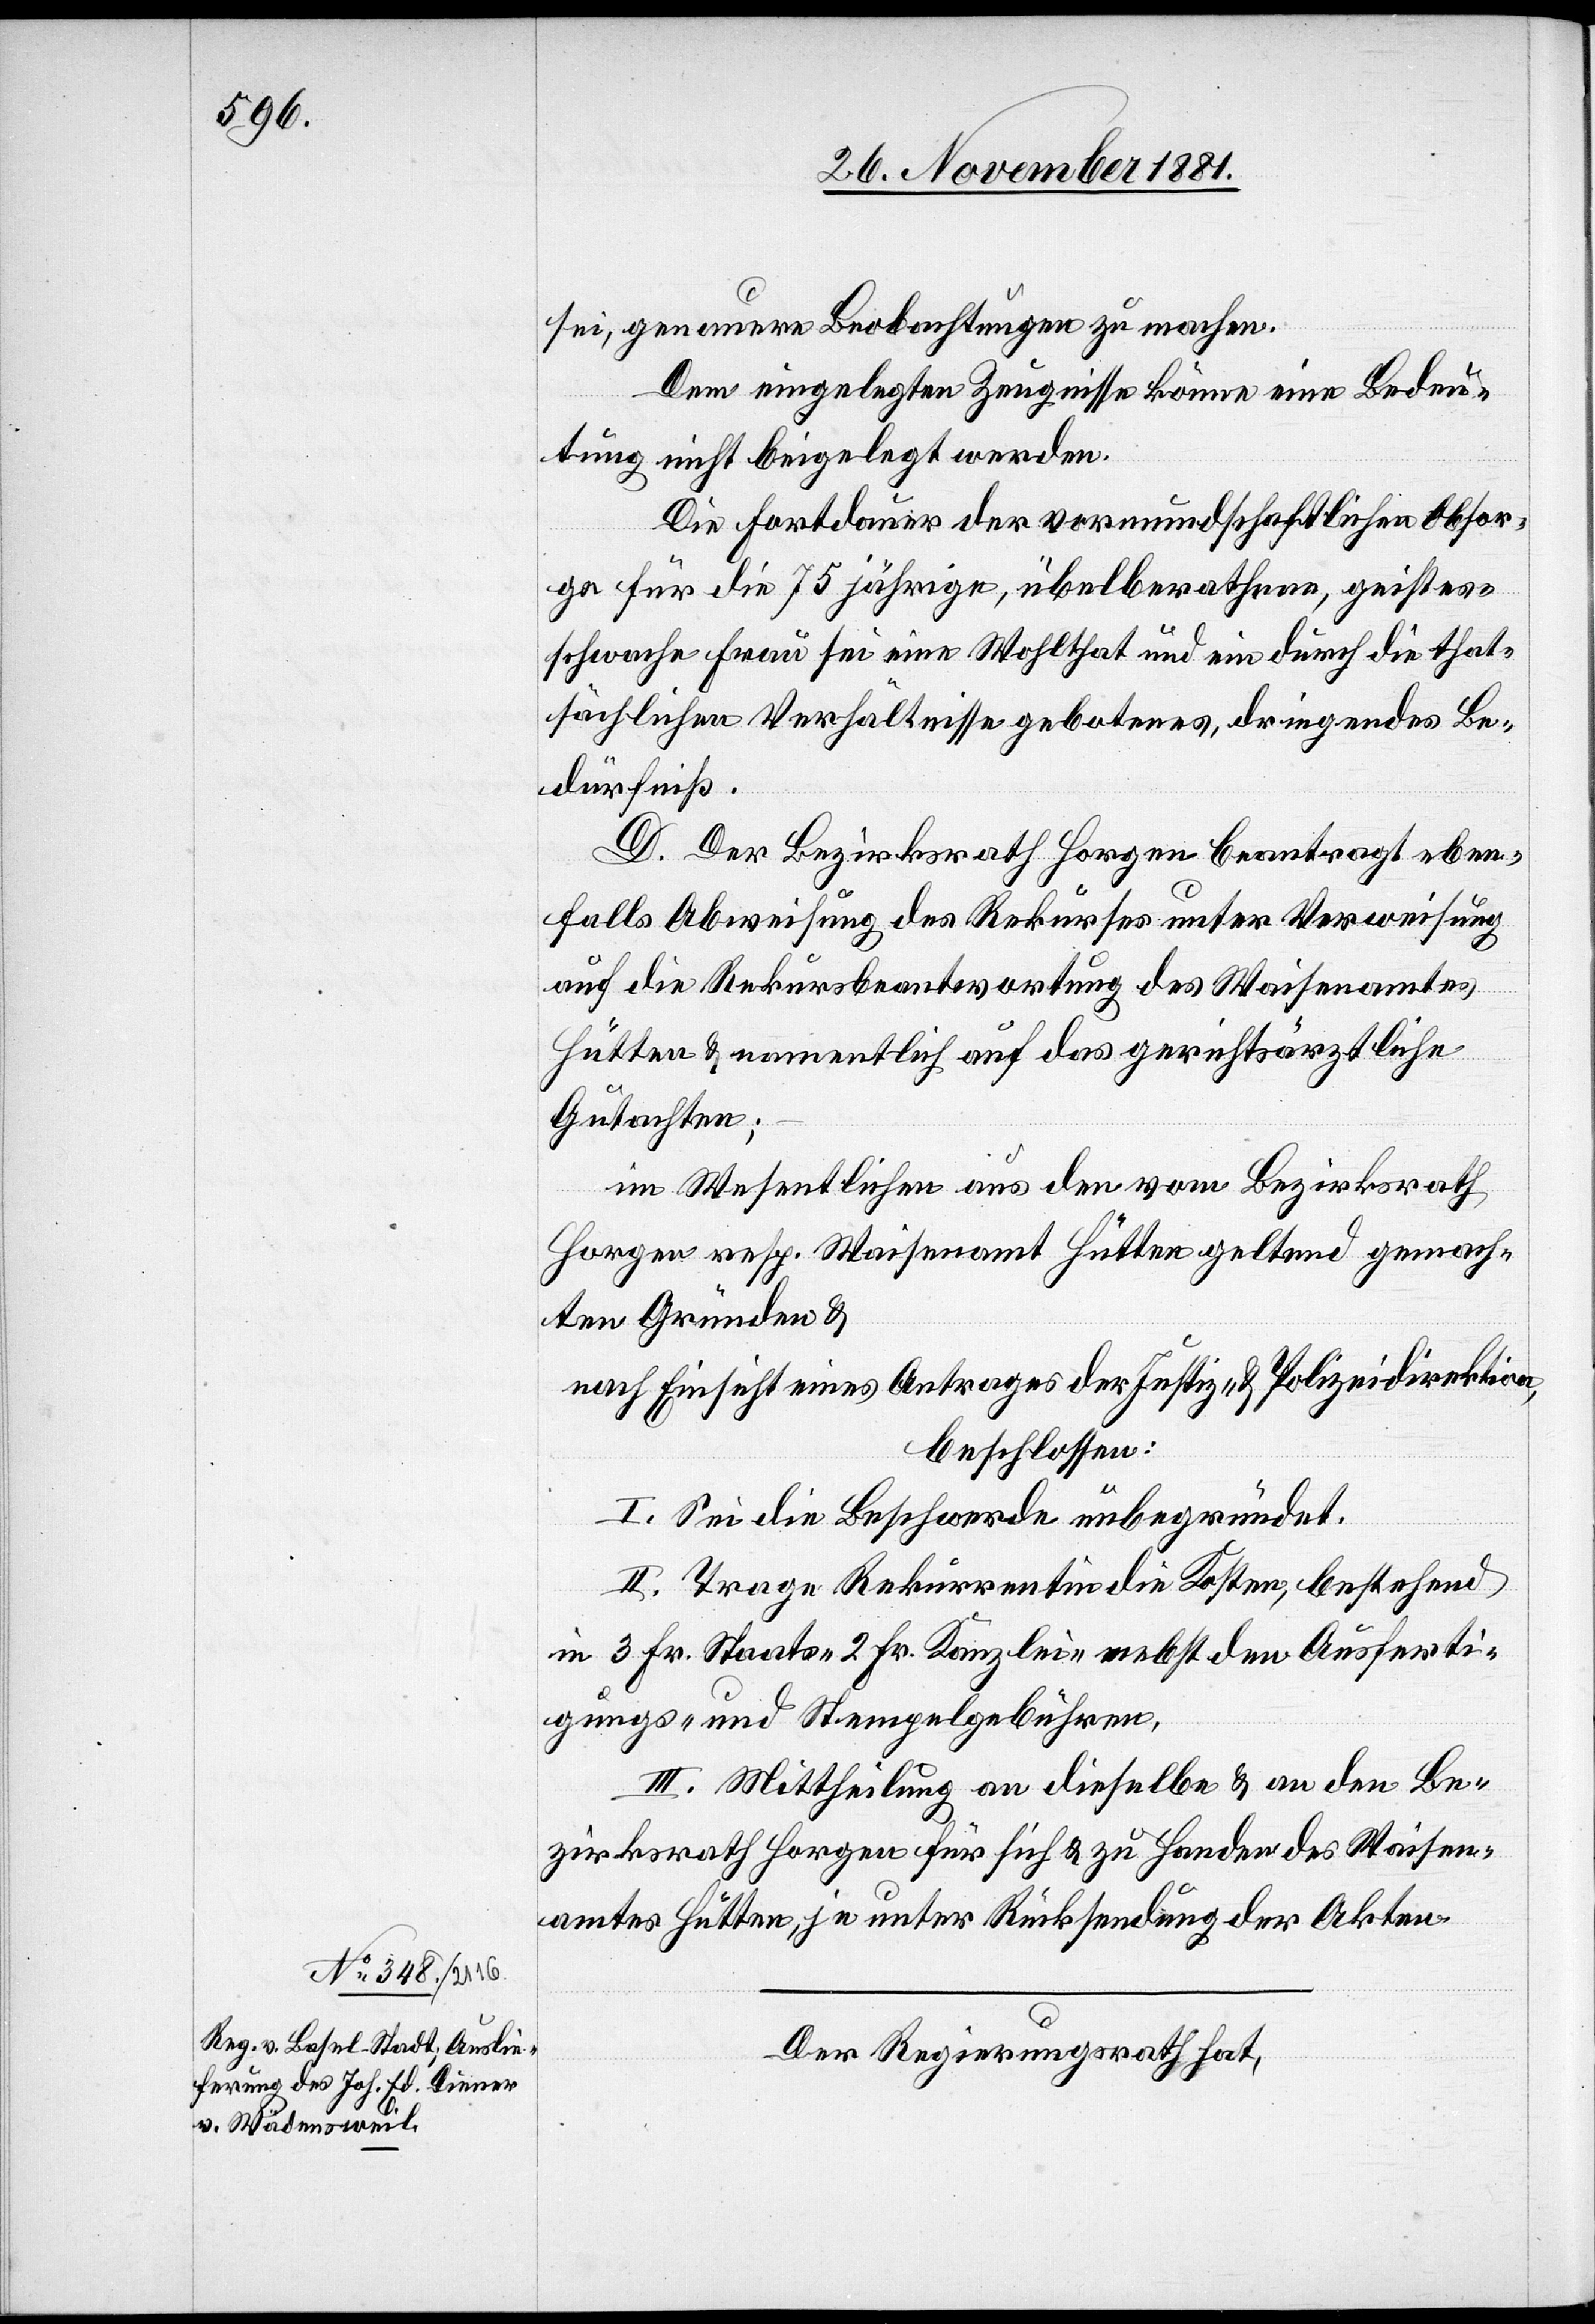
sei, genauere Beobachtungen zu machen.
Dem eingelegten Zeugnisse könne eine Bedeu¬
tung nicht beigelegt werden.
Die Fortdauer der vormundschaftlichen Obsor¬
ge für die 75 jährige, übelberathnen, geistes¬
schwachen Frau sei eine Wohlthat und ein durch die that¬
sächlichen Verhältnisse gebotenes, dringendes Be¬
dürfniß.
D. Der Bezirksrath Horgen beantragt eben¬
falls Abweisung des Rekurses unter Verweisung
auf die Rekursbeantwortung des Waisenamtes
Hütten & namentlich auf das gerichtsärztliche
Gutachten;
im Wesentlichen aus den vom Bezirksrath
Horgen resp. Waisenamt Hütten gelten gemach¬
ten Gründen &
nach Einsicht eines Antrages der Justiz- & Polizeidirektion,
beschlossen:
I. Sei die Beschwerde unbegründet.
II. Trage Rekurrentin die Kosten, bestehend
in 3 Frk. Staats-[,] 2 Fr. Kanzlei-[,] nebst den Ausferti¬
gungs- & Stempelgebühren.
III. Mittheilung an dieselbe & an den Be¬
zirksrath Horgen für sich & zu Handen des Waisen¬
amtes Hütten, je unter Rücksendung der Akten.
Der Regierungsrath hat,